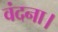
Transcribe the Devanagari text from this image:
वंदना।